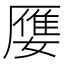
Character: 𮰒